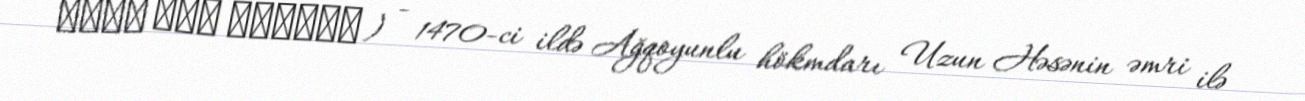
مسجد حسن پادشاه ) - 1470-ci ildə Ağqoyunlu hökmdarı Uzun Həsənin əmri ilə